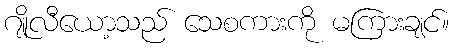
ဂျိုလီယော့သည် သေစကားကို မကြားချင်။